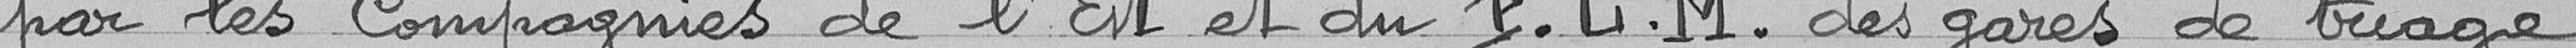
par les Compagnies de l'Est et du Paris Lyon Marseille des gares de triage